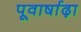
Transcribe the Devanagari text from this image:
पूवार्षाढ़ा